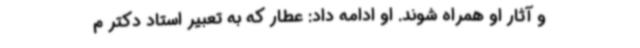
و آثار او همراه شوند. او ادامه داد: عطار که به تعبیر استاد دکتر م